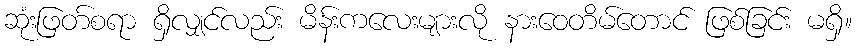
ဆုံးဖြတ်စရာ ရှိလျှင်လည်း မိန်းကလေးများလို နားဝေတိမ်တောင် ဖြစ်ခြင်း မရှိ။